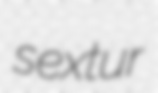
sextur